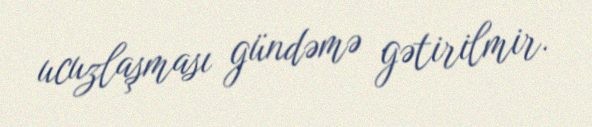
ucuzlaşması gündəmə gətirilmir.